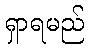
ရှာရမည်